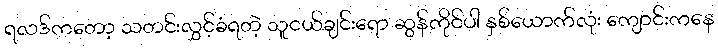
ရလဒ်ကတော့ သတင်းလွှင့်ခံရတဲ့ သူငယ်ချင်းရော ဆွန်ကိုင်ပါ နှစ်ယောက်လုံး ကျောင်းကနေ